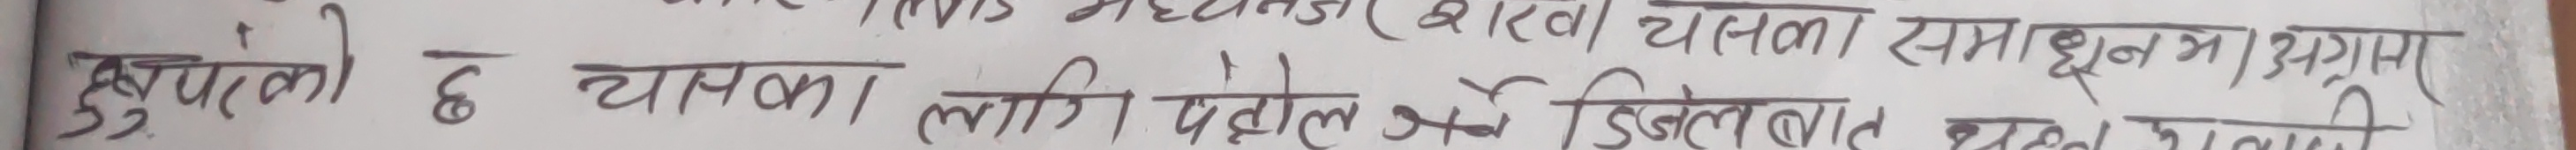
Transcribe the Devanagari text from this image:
छुप्पक्की छ चामका लागि पेट्रोल डिजेल तथा लुब्रिकेट